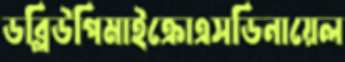
ডব্লিউপিমাইক্রোএসডিনায়েল